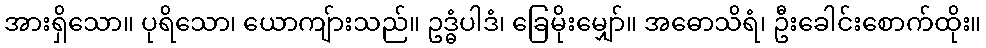
အားရှိသော။ ပုရိသော၊ ယောကျ်ားသည်။ ဥဒ္ဓံပါဒံ၊ ခြေမိုးမျှော်။ အဓောသိရံ၊ ဦးခေါင်းစောက်ထိုး။